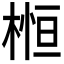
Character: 𣕲